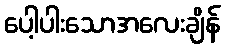
ပေါ့ပါးသောအလေးချိန်